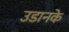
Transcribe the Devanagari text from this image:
उडानके